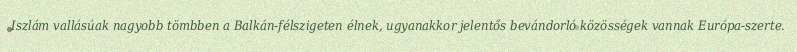
Iszlám vallásúak nagyobb tömbben a Balkán-félszigeten élnek, ugyanakkor jelentős bevándorló közösségek vannak Európa-szerte.